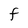
Character: F